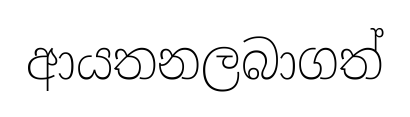
ආයතනලබාගත්